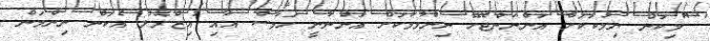
"މިކަން ނިމުކަކަށް އަންނަންޖެހޭ ނިންމުމަކަށް އަންނާނީ ހަމާސް އާއި އިޒްރޭލު އެކަން ނިންމަން